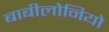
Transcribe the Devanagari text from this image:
बाबीलोनियो